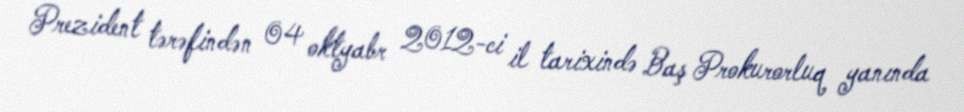
Prezident tərəfindən 04 oktyabr 2012-ci il tarixində Baş Prokurorluq yanında